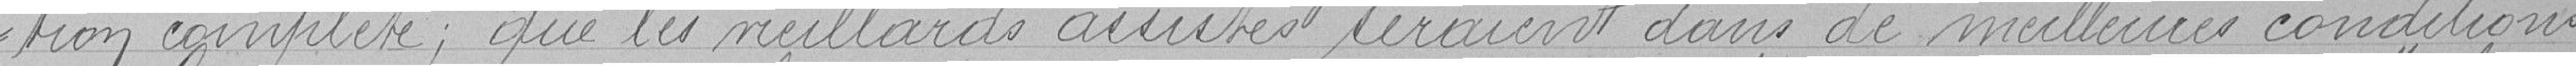
-tion complète ; que les vieillards assistés seraient dans de meilleures conditions